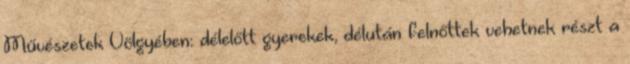
Művészetek Völgyében: délelőtt gyerekek, délután felnőttek vehetnek részt a